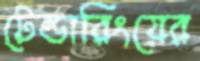
টেন্ডারিংয়ের